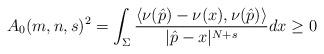
LaTeX: \begin{align*}A_0(m,n,s)^2 = \int_{\Sigma}\frac{\langle \nu (\hat p)- \nu(x), \nu (\hat p) \rangle }{|\hat p-x|^{N+s}} dx \geq0\end{align*}